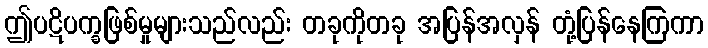
ဤပဋိပက္ခဖြစ်မှုများသည်လည်း တခုကိုတခု အပြန်အလှန် တုံ့ပြန်နေကြကာ